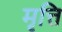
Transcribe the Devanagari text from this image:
मृत्ति